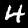
Digit: 4